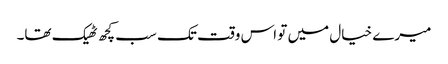
میرے خیال میں تو اس وقت تک سب کچھ ٹھیک تھا۔